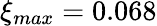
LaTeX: \xi_{max}=0.068